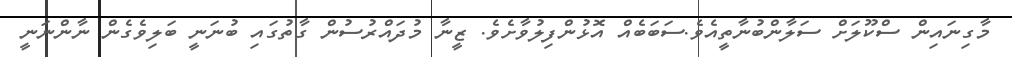
މާގިނައިން ސްކޫލަށް ސަލާންބުނާތީއެވެ.ސަބަބެއް އޮޅުންފިލުވާށެވެ. ޒީނާ މުދައްރުސުން ގާތުގައި ބުނަނީ ބަލިވެގެން ނާންނަނީ